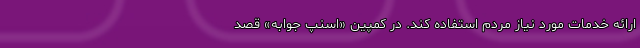
ارائه خدمات مورد نیاز مردم استفاده کند. در کمپین «اسنپ جوابه» قصد